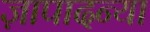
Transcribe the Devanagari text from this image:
ज़ापादन्या